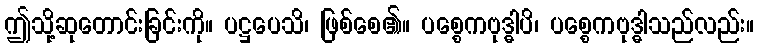
ဤသို့ဆုတောင်းခြင်းကို။ ပဋ္ဌပေသိ၊ ဖြစ်စေ၏။ ပစ္စေကဗုဒ္ဓါပိ၊ ပစ္စေကဗုဒ္ဓါသည်လည်း။